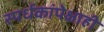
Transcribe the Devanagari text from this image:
स्पर्धकांपेक्षाही